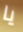
يا